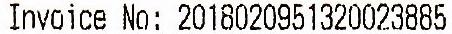
INVOICE NO: 2018020951320023885